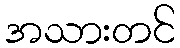
အသားတင်